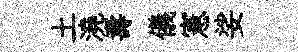
土澆夀儀憲娑